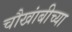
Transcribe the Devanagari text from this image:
चौखांबीच्या